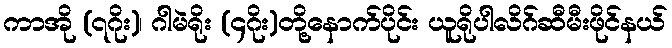
ကာအို (၇ဂိုး)၊ ဂါမဲရိုး (၄ဂိုး)တို့နောက်ပိုင်း ယူရိုပါလိဂ်ဆီမီးဖိုင်နယ်